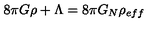
8 \pi G \rho + \Lambda = 8 \pi G _ { N } \rho _ { e f f }